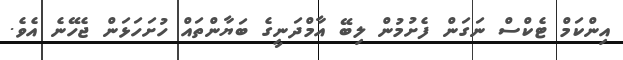
އިންކަމް ޓެކްސް ނަގަަން ފެށުމުން ލިބޭ އާމްދަނީގެ ބަޔާންތައް ހުށަހަޅަން ޖެހޭނެ އެވެ.